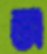
ন